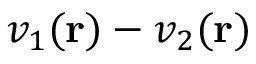
v _ { 1 } ( \mathbf { r } ) - v _ { 2 } ( \mathbf { r } )